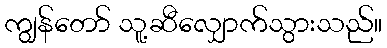
ကျွန်တော် သူ့ဆီလျှောက်သွားသည်။